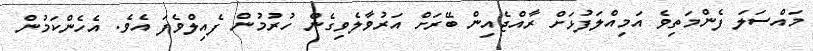
މައްސަލަ ފެންމަތިވެ އަމިއްލަފުޅަށް ރާއްޖެއިން ބޭރަށް އަރުވާލެވިގެން ހުރުމުން ފެއިލްވެފަ އެވެ. އެހެންކަމުން